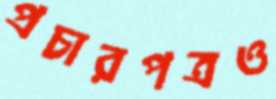
প্রচারপত্রও